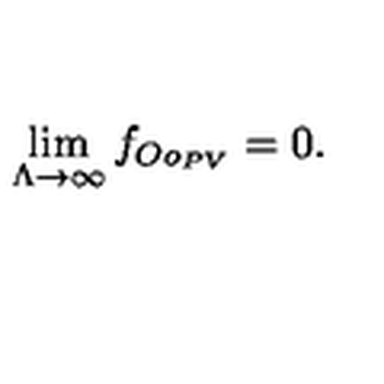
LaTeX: \lim _ { \Lambda \to \infty } f _ { O o _ { P V } } = 0 .